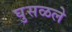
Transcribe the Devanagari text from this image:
घुसळले